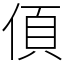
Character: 㑯